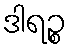
ဒါရဉ္စ